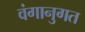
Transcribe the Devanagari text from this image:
वंगानुगत